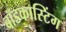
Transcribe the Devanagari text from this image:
बॉडकास्टिंग